Civil Veterinary Dept. Assam report 1911-1927 - 1911-1927
Year: 1911
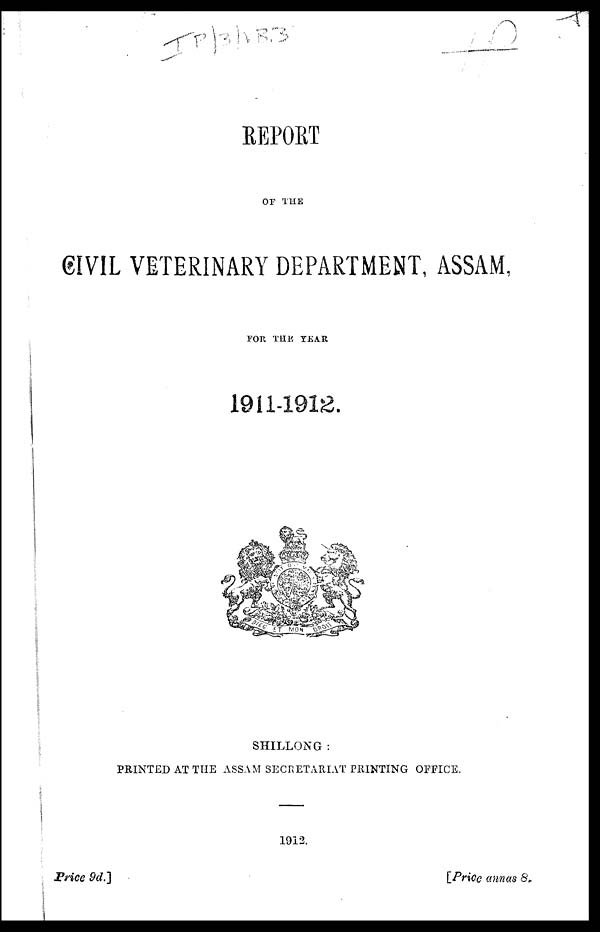
REPORT
of THE
CIVIL VETERINARY DEPARTMENT, ASSAM,
FOR THE YEAR
1911-1912.
SHILLONG :
PRINTED AT THE ASSAM SECRETARIAT PRINTING OFFICE.
1912.
Price 9d.]
[Price annas 8,